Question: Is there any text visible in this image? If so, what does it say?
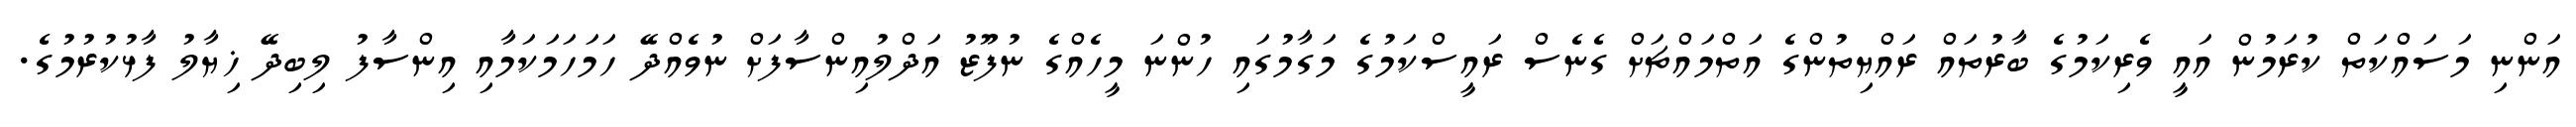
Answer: އަންނި މަސައްކަތް ކުރަމުން އައީ ވެރިކަމުގެ ބާރުތައް ރައްޔިތުންގެ އަތްމައްޗަށް ގެނެސް ރައީސްކަމުގެ މަގާމުގައި ހުންނަ މީހެއްގެ ނުފޫޒު އަދްލުއިންސާފަށް ނުވެއްދޭ ހަމަހަމަކަމާއި އިންސާފު ލިބިދޭ ޚިޔާލު ފާޅުކުރުމުގެ.